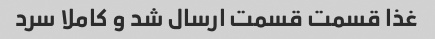
غذا قسمت قسمت ارسال شد و کاملا سرد